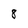
Character: 8